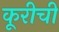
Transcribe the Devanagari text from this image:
कूरीची